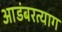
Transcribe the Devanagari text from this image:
आडंबरत्याग